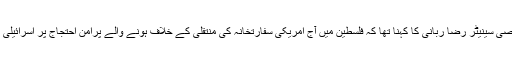
فلسطین نیوز کو موصول ہونے والی اطلاعات کے مطابق کانفرنس سے خطاب کرتے ہوئے مہمان خصوصی سینیٹر رضا ربانی کا کہنا تھا کہ فلسطین میں آج امریکی سفارتخانہ کی منتقلی کے خلاف ہونے والے پُرامن احتجاج پر اسرائیلی افواج کی فائرنگ کے نتیجہ میں اب تک چالیس مظلوم فلسطینیوں کی شہادت کی پرزور مذمت کرتے ہیں۔